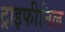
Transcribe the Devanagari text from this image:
ट्राइफीनिल